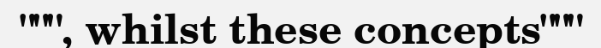
""", whilst these concepts"""